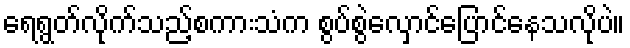
ရေရွတ်လိုက်သည့်စကားသံက စွပ်စွဲလှောင်ပြောင်နေသလိုပဲ။